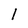
Character: 1